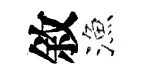
敘漁